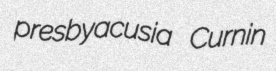
presbyacusia Curnin